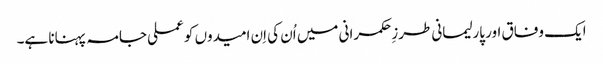
ایک وفاق اور پارلیمانی طرزِحکمرانی میں اُن کی اِن امیدوں کو عملی جامہ پہنانا ہے۔